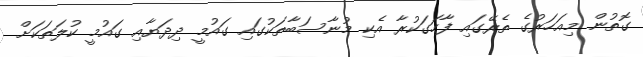
ގޮތުން މިއަހަރުގެ ތެރޭގައި ފާހަގަކުރާ އެކި މުނާސަބާތަކުގައި ގައުމީ ދިދަޔާއި ގައުމީ ކުލަތަކަށް